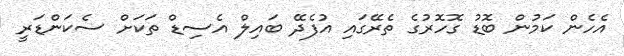
އެހެން ކަމުން ބޮޑު ގޮހޮރުގެ ތެރޭގައި އުފެދޭ ބައިލް އެސިޑް ތަކަށް ސެކަންޑަރީ